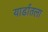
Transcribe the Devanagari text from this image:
यार्डातला